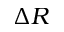
\Delta R